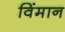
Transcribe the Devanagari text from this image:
विंमान